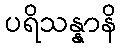
ပရိသန္နာနိ